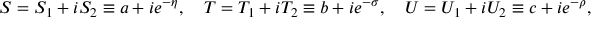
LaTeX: S = S _ { 1 } + i S _ { 2 } \equiv a + i e ^ { - \eta } , \ \ \ T = T _ { 1 } + i T _ { 2 } \equiv b + i e ^ { - \sigma } , \ \ \ U = U _ { 1 } + i U _ { 2 } \equiv c + i e ^ { - \rho } ,